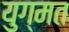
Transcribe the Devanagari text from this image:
युग्मत